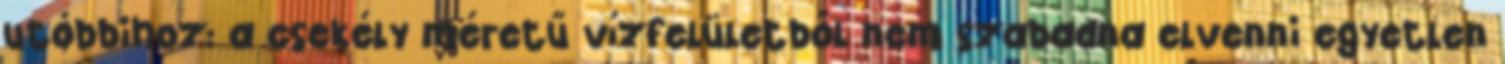
utóbbihoz: a csekély méretű vízfelületből nem szabadna elvenni egyetlen